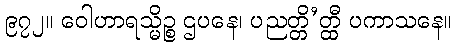
၉၇၂။ ဝေါဟာရသ္မိဉ္စ ဌပနေ၊ ပညတ္တိ’တ္ထီ ပကာသနေ။